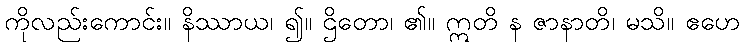
ကိုလည်းကောင်း။ နိဿာယ၊ ၍။ ဌိတော၊ ၏။ ဣတိ န ဇာနာတိ၊ မသိ။ ဧဟေ